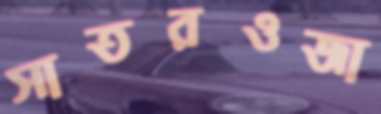
সাতরওজা